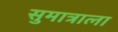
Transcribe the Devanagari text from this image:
सुमात्राला